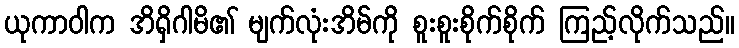
ယုကာဝါက အိရှိဂါမိ၏ မျက်လုံးအိမ်ကို စူးစူးစိုက်စိုက် ကြည့်လိုက်သည်။